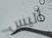
أليس